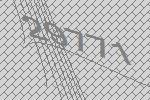
29771